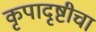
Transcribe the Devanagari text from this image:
कृपादृष्टीचा